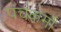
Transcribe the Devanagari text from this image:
पंचकर्मों